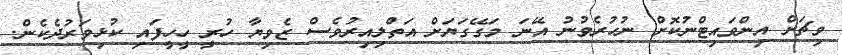
ވިޗަށް އިންވައިޓްނުކޮށް ނުހުރެވުނު އޭނަ މަގޭގަޔަށް އަތްލިއިރުވެސް ޒެވިޔާ ހުރީ ހީހީފައި ކުޅިވަރުދެކެން.